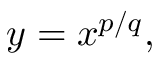
y = x ^ { p / q } ,